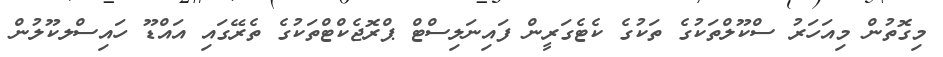
މިގޮތުން މިއަހަރު ސްކޫލްތަކުގެ ތަކުގެ ކެޓެގަރީން ފައިނަލިސްޓް ޕްރޮޖެކްޓްތަކުގެ ތެރޭގައި އައްޑޫ ހައިސްލކޫލުން